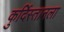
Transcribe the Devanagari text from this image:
कुर्दिस्तानला